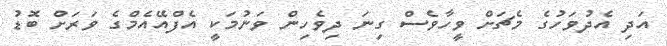
އަދި އެދުވަހުގެ މެޗަށް ވީހާވެސް ގިނަ ދިވެހިން ވަނުމަކީ އެފްއޭއެމްގެ ވަރަށް ބޮޑު